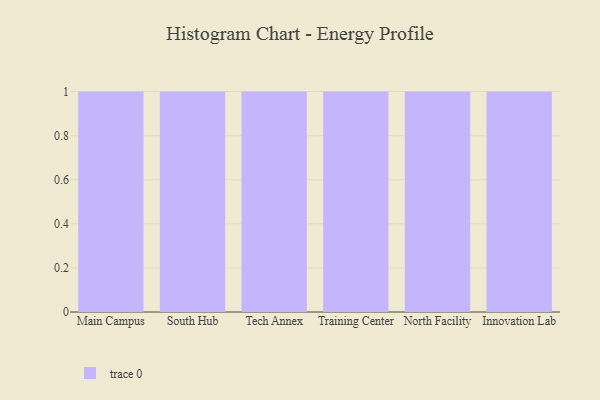
{"axis": {"x": "Campus", "y": "Net Income (USD K)"}, "legend": [""], "data": [{"x": "Main Campus", "y": 72, "type": ""}, {"x": "South Hub", "y": 44, "type": ""}, {"x": "Tech Annex", "y": 17, "type": ""}, {"x": "Training Center", "y": 72, "type": ""}, {"x": "North Facility", "y": 56, "type": ""}, {"x": "Innovation Lab", "y": 16, "type": ""}]}